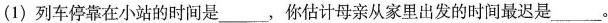
(1)列车停靠在小站的时间是___，你估计母亲从家里出发的时间最迟是___。